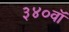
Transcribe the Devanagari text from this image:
३४०वॉ